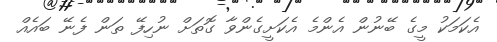
އެކަމަކު މީގެ ބޭނުން އެންމެ އެކަށީގެންވާ ގޮތަށް ނުހިފޭ ތަން ފެނޭ ބައެއް